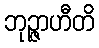
ဘုဉ္ဇာဟီတိ